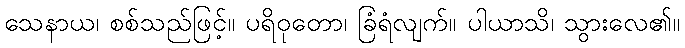
သေနာယ၊ စစ်သည်ဖြင့်။ ပရိဝုတော၊ ခြံရံလျက်။ ပါယာသိ၊ သွားလေ၏။